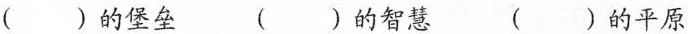
( )的堡垒 ( )的智慧 ( )的平原